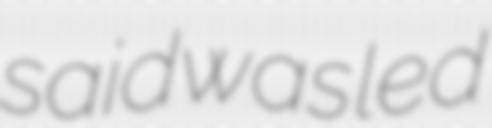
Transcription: said was led